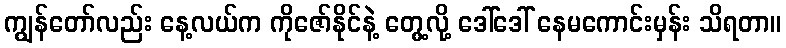
ကျွန်တော်လည်း နေ့လယ်က ကိုဇော်နိုင်နဲ့ တွေ့လို့ ဒေါ်ဒေါ် နေမကောင်းမှန်း သိရတာ။